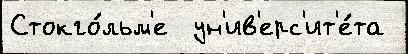
Стокго́льм'е  ун'ив'ерс'ит'е́та